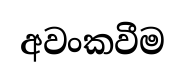
අවංකවීම